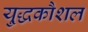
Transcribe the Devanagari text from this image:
यु्द्धकौशल